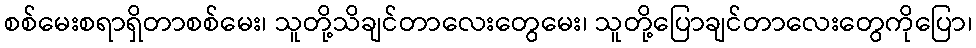
စစ်မေးစရာရှိတာစစ်မေး၊ သူတို့သိချင်တာလေးတွေမေး၊ သူတို့ပြောချင်တာလေးတွေကိုပြော၊